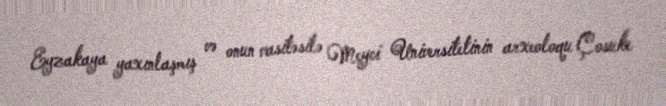
Eyzakaya yaxınlaşmış və onun vasitəsilə Meyci Universitetinin arxeoloqu Çosuke